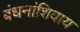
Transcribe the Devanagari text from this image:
बंधनांशिवाय